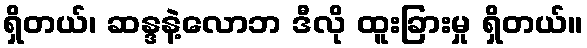
ရှိတယ်၊ ဆန္ဒနဲ့လောဘ ဒီလို ထူးခြားမှု ရှိတယ်။